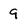
Character: 9